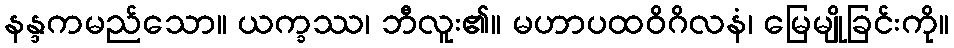
နန္ဒကမည်သော။ ယက္ခဿ၊ ဘီလူး၏။ မဟာပထဝိဂိလနံ၊ မြေမျိုခြင်းကို။